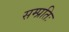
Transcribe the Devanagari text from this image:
सम्प्रतिः